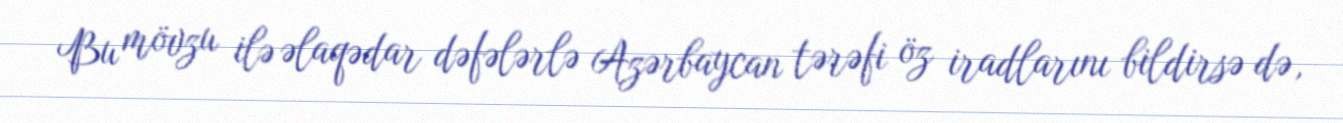
Bu mövzu ilə əlaqədar dəfələrlə Azərbaycan tərəfi öz iradlarını bildirsə də,